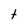
Character: t